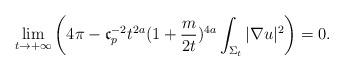
LaTeX: \begin{align*} \lim\limits_{t\rightarrow+\infty}\left( 4\pi-\mathfrak{c}_{p}^{-2} t^{2a}(1+\frac{m}{2t})^{4a} \int_{\Sigma_{t}} |\nabla u|^2 \right)= 0.\end{align*}